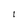
Character: I